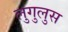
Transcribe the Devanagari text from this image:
लुगुलुस